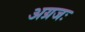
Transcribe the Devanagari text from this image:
अग्रजः